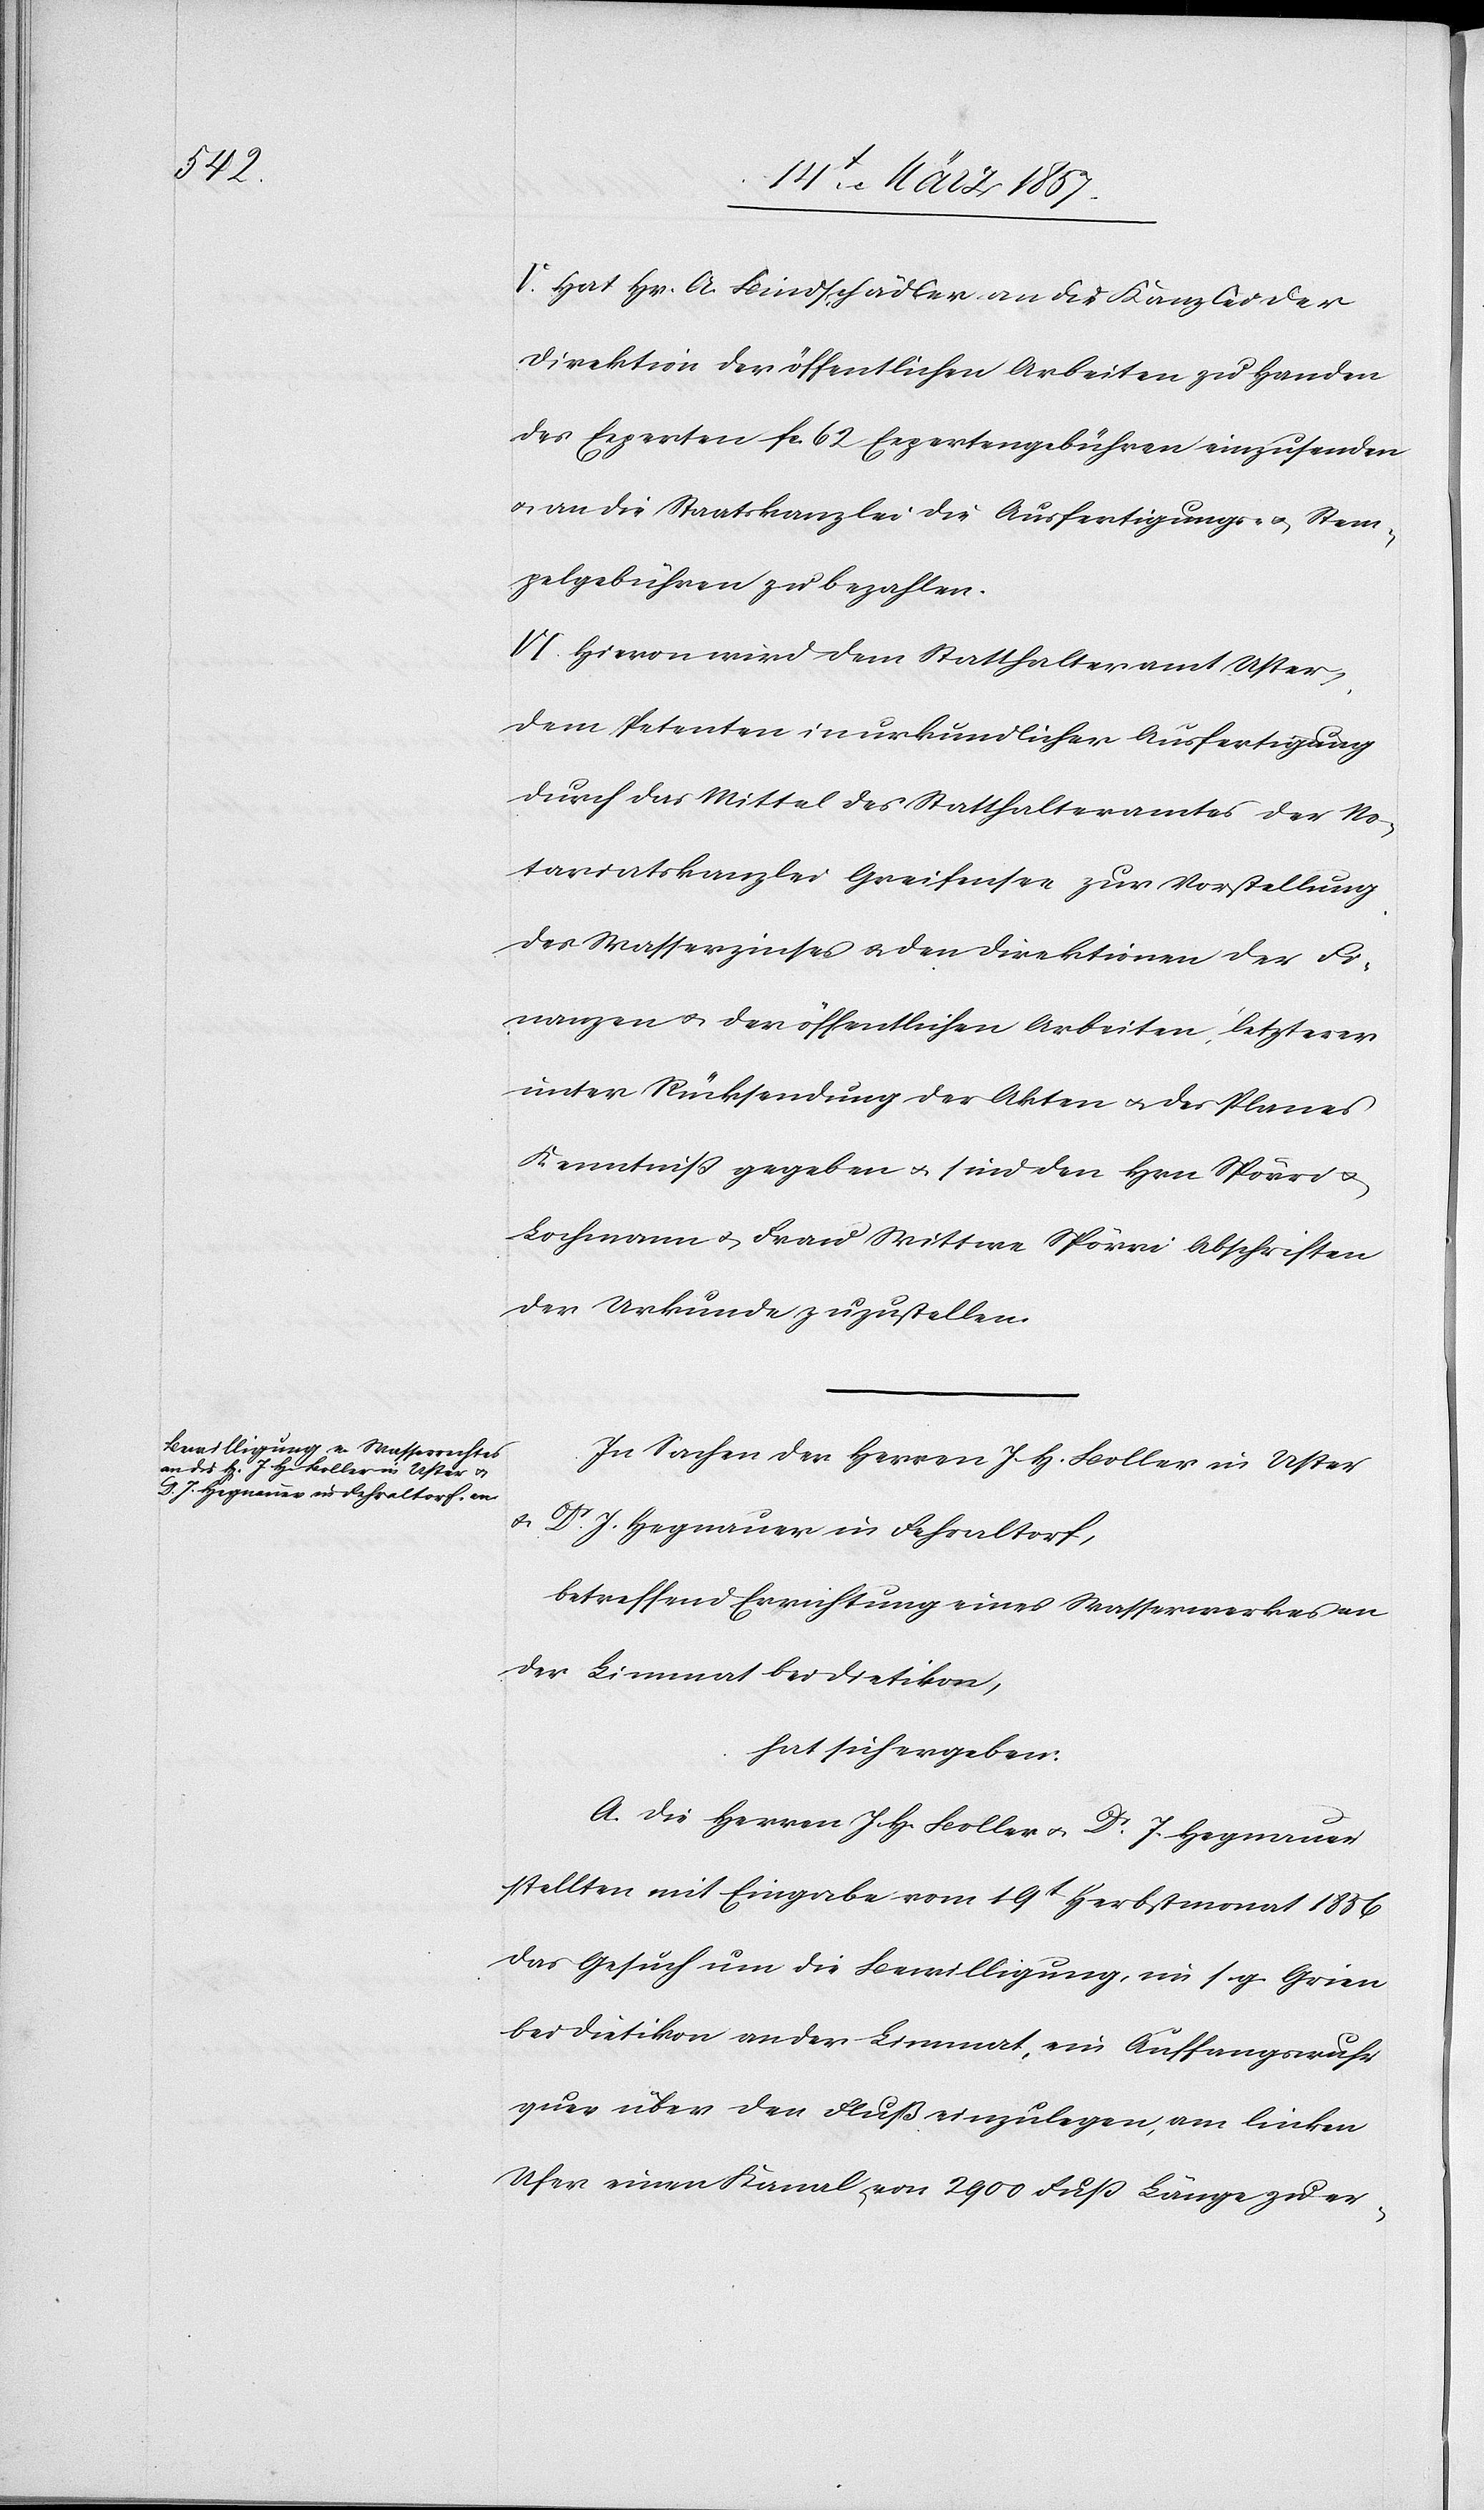
V. Hat Hr. A. Bindschädler an die Kanzlei der
Direktion der öffentlichen Arbeiten zu Handen
des Experten fr. 62 Expertengebühren einzusenden
u. an die Staatskanzlei die Ausfertigungs- u. Stem¬
pelgebühren zu bezahlen.
VI. Hievon wird dem Statthalteramt Uster,
dem Petenten in urkundlicher Ausfertigung
durch das Mittel des Statthalteramtes der No¬
tariatskanzlei Greifensee zur Vorstellung
des Wasserzinses u. den Direktionen der Fi¬
nanzen u. der öffentlichen Arbeiten, letzterer
unter Rücksendung der Akten u. des Planes
Kenntniß gegeben u. sind den Hrn Spörri u.
Lochmann u. Frau Wittwe Spörri Abschriften
der Urkunde zuzustellen.
In Sachen der Herren J. H. Boller in Uster
u.
Dr J. Hegnauer in Fehraltorf,
betreffend Errichtung eines Wasserwerkes an
der Limmat bei Dietikon,
hat sich ergeben:
A. Die Herren J. H. Boller u. Dr J. Hegnauer
stellten mit Eingabe vom 19t Herbstmonat 1856
das Gesuch um die Bewilligung, im s. g. Grien
bei Dietikon an der Limmat, ein Auffangswuhr
quer über den Fluß einzulegen, am linken
Ufer einen Kanal, von 2900 Fuß Länge zu er-